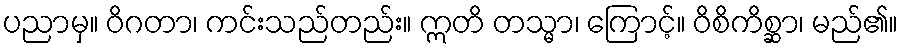
ပညာမှ။ ဝိဂတာ၊ ကင်းသည်တည်း။ ဣတိ တသ္မာ၊ ကြောင့်။ ဝိစိကိစ္ဆာ၊ မည်၏။